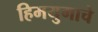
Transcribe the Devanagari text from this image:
हिमयुगाचे